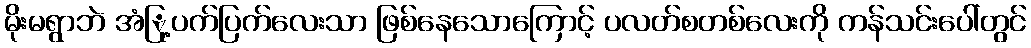
မိုးမရွာဘဲ အံြု့ပက်ပြက်လေးသာ ဖြစ်နေသောကြောင့် ပလတ်စတစ်လေးကို ကန်သင်းပေါ်တွင်